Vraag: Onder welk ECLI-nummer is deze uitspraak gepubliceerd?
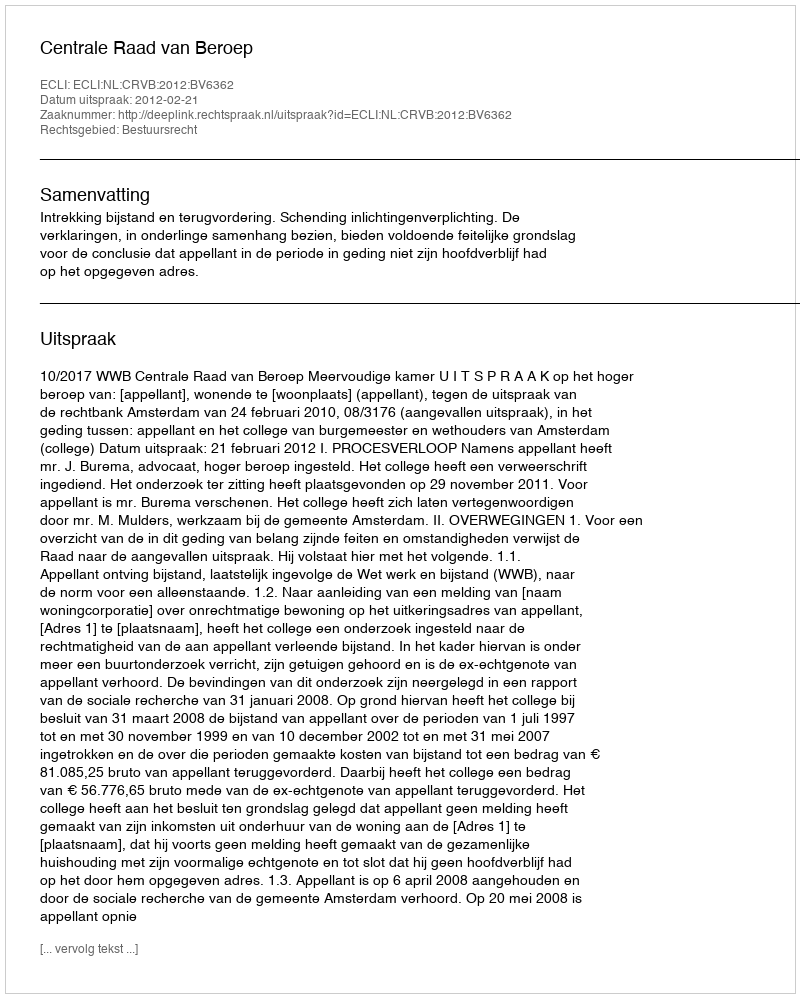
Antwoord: ECLI:NL:CRVB:2012:BV6362